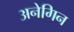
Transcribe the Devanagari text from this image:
अनेगिन